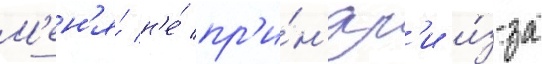
М'ен'я́ н'е́ пр'и́н'ял'и и́з-за